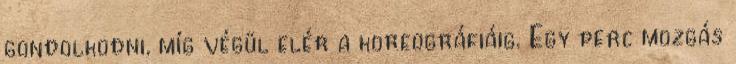
gondolkodni, míg végül elér a koreográfiáig. Egy perc mozgás